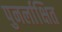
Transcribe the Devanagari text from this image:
पुनर्लाक्षित